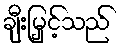
ချီးမြှင့်သည်